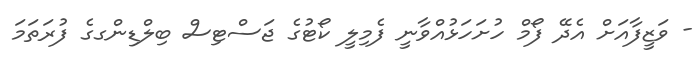
- ވަޒީފާއަށް އެދޭ ފޯމް ހުށަހަޅުއްވާނީ ފެމިލީ ކޯޓުގެ ޖަސްޓިސް ބިލްޑިންގގެ ފުރަތަމަ